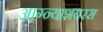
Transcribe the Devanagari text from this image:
आग्न्याशयरस